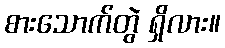
စားသောက်တွဲ ရှိလား။